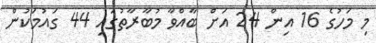
މި މަހުގެ 16 އިން 24 އަށް ބާއްވާ މުބާރާތުގައި 44 ގައުމަކުން